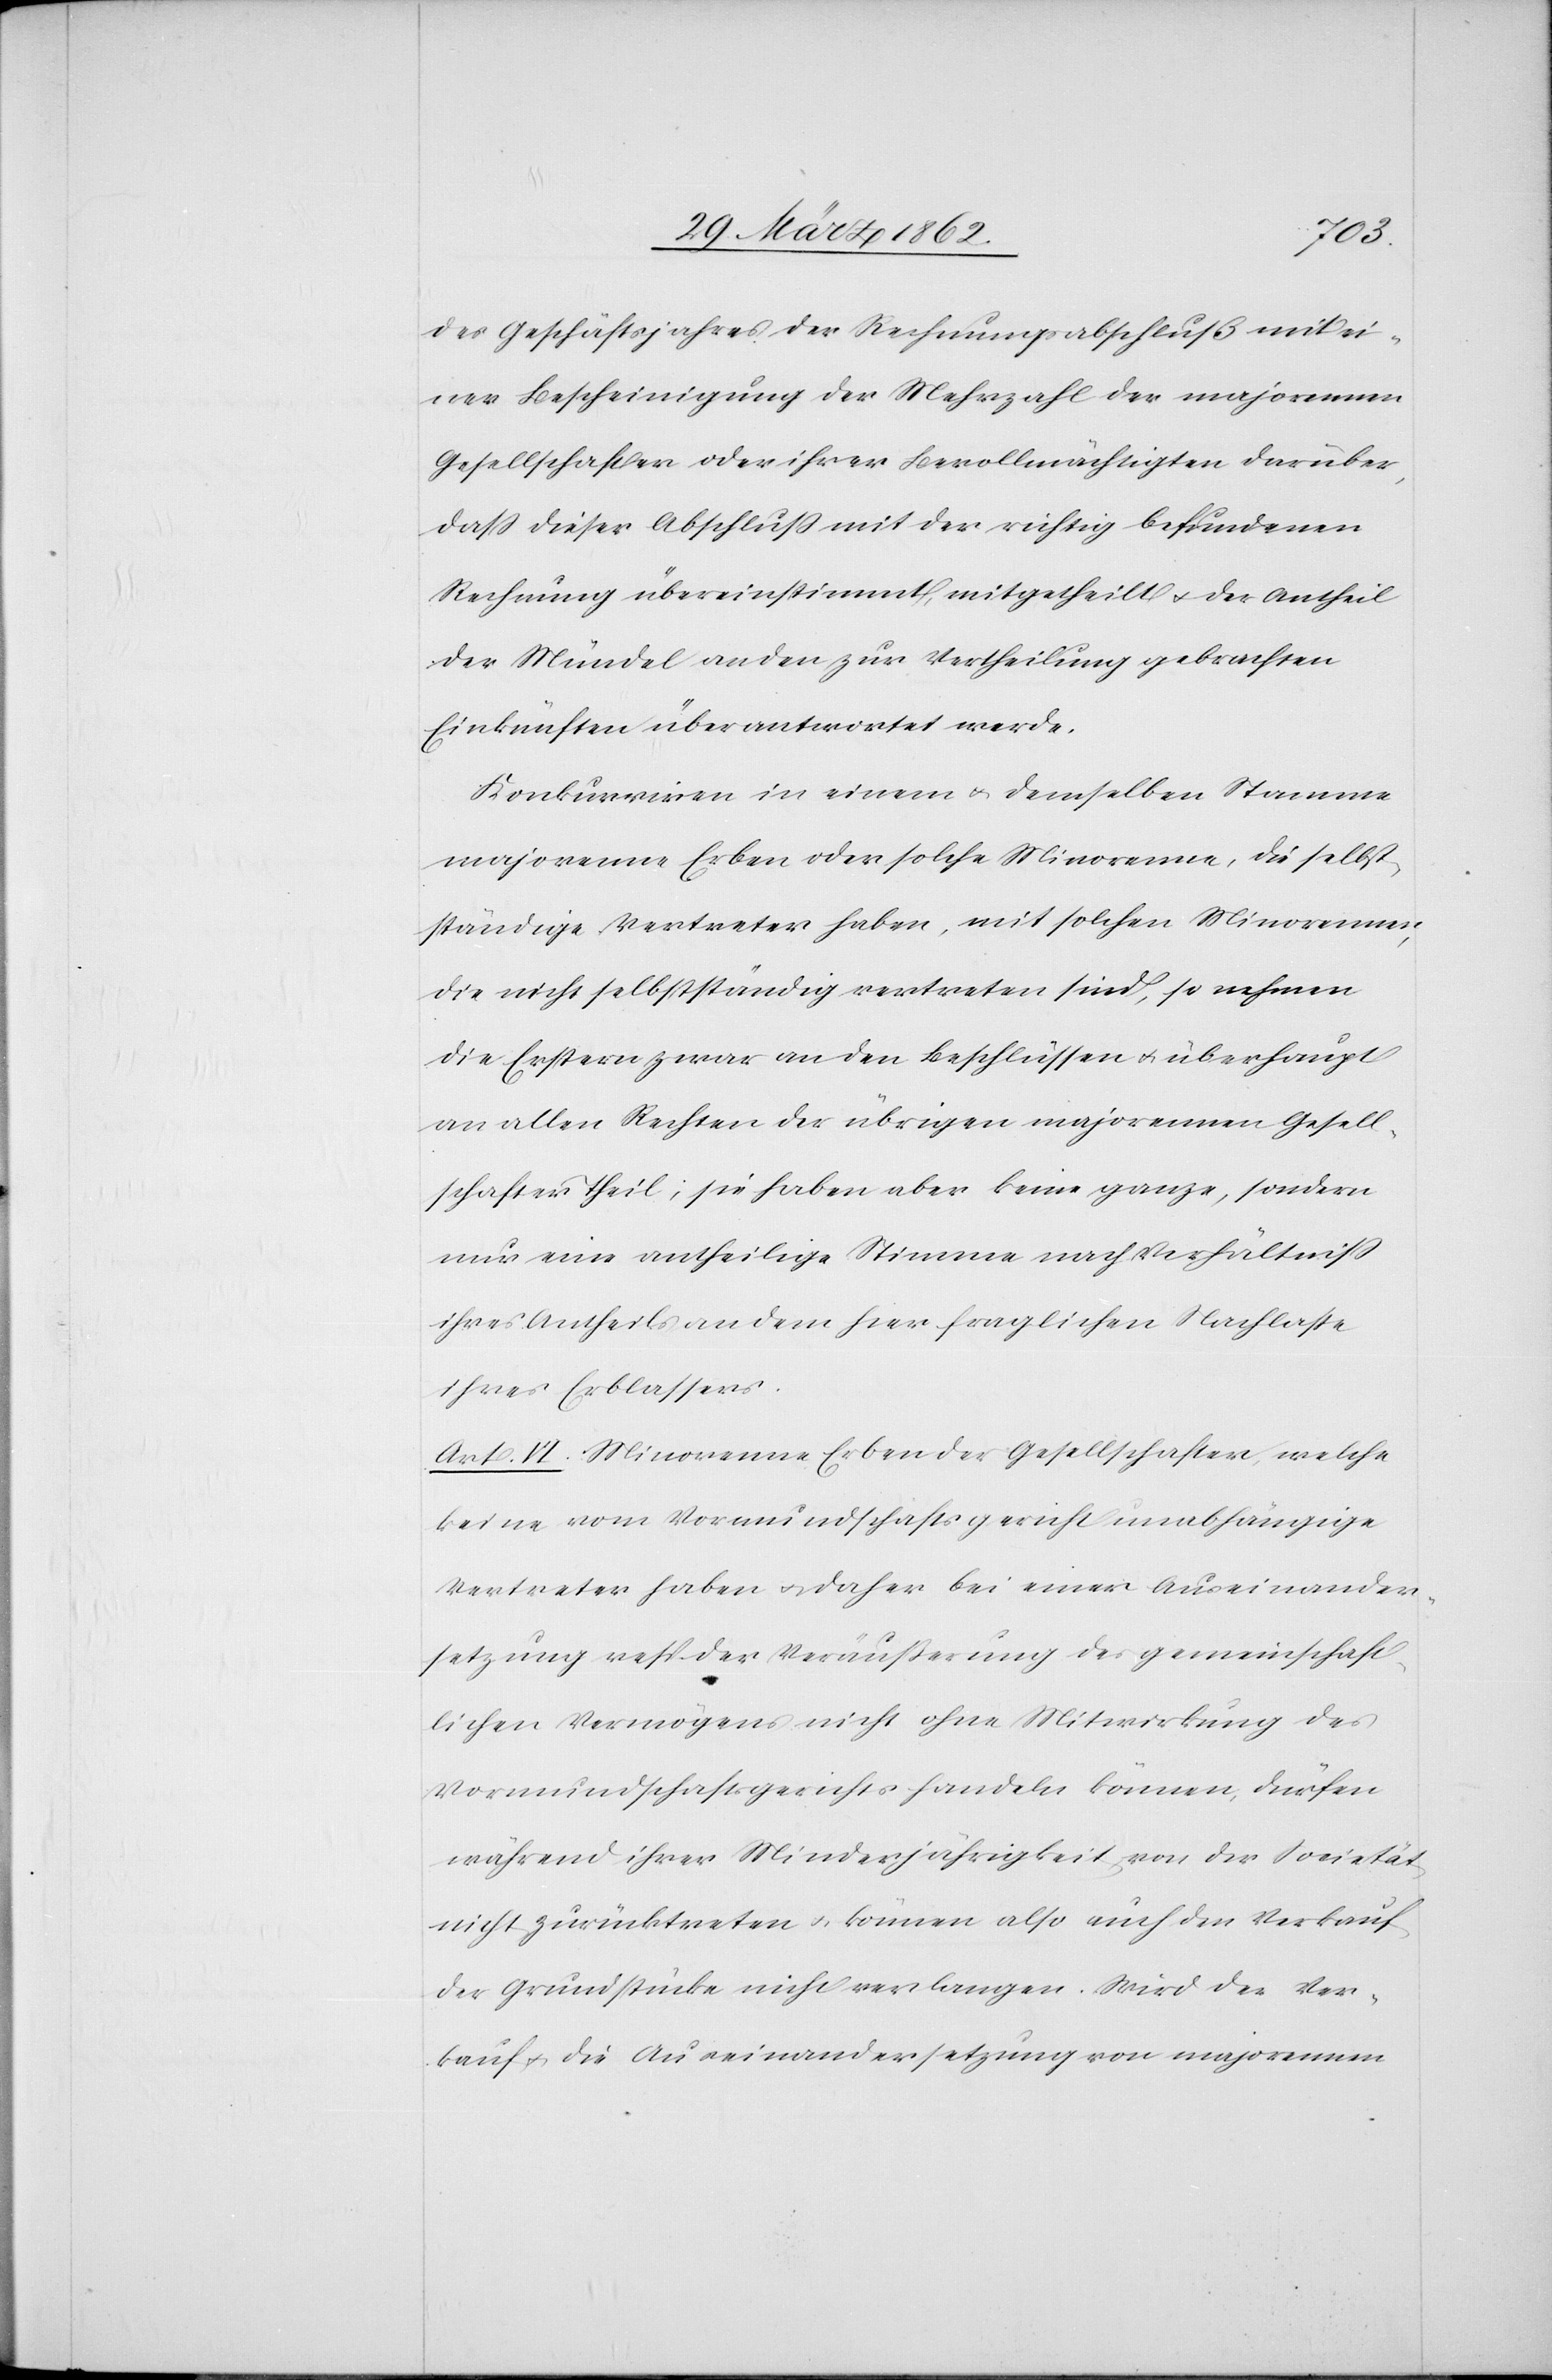
des Geschäftsjahres der Rechnungsabschluß mit ei¬
ner Bescheinigung der Mehrzahl der majorennen
Gesellschafter oder ihrer Bevollmächtigten darüber,
daß dieser Abschluß mit der richtig befundenen
Rechnung übereinstimmt, mitgetheilt u. der Antheil
der Mündel an den zur Vertheilung gebrachten
Einkünften überantwortet werde.
Konkurriren in einem u. demselben Stamme
majorenne Erben oder solche Minorenne, die selbst¬
ständige Vertreter haben, mit solchen Minorennen,
die nicht selbstständig vertreten sind, so nehmen
die Erstern zwar an den Beschlüssen u. überhaupt
an allen Rechten der übrigen majorennen Gesell¬
schafter Theil; sie haben aber keine ganze, sondern
nur eine antheilige Stimme nach Verhältniß
ihres Antheils an dem hier fraglichen Nachlasse
ihres Erblassers.
Art. VI. Minorenne Erben der Gesellschafter, welche
keine vom Vormundschaftsgericht unabhängige
Vertreter haben u. daher bei einer Auseinander¬
setzung resp der Veräußerung des gemeinschaft¬
lichen Vermögens nicht ohne Mitwirkung des
Vormundschaftsgerichtes handeln können, dürfen
während ihrer Minderjährigkeit von der Societät
nicht zurücktreten u. können also auch den Verkauf
der Grundstücke nicht verlangen. Wird der Ver¬
kauf u. die Auseinandersetzung von majorennen